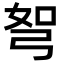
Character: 𭚯